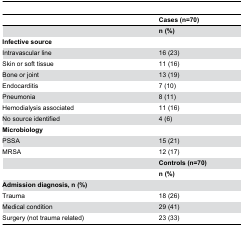
<table><thead><tr><td></td><td><b>Cases (n=70)</b></td></tr></thead><tbody><tr><td></td><td><b>n (%)</b></td></tr><tr><td><b>Infective source</b></td><td></td></tr><tr><td>Intravascular line</td><td>16 (23)</td></tr><tr><td>Skin or soft tissue</td><td>11 (16)</td></tr><tr><td>Bone or joint</td><td>13 (19)</td></tr><tr><td>Endocarditis</td><td>7 (10)</td></tr><tr><td>Pneumonia</td><td>8 (11)</td></tr><tr><td>Hemodialysis associated</td><td>11 (16)</td></tr><tr><td>No source identified</td><td>4 (6)</td></tr><tr><td><b>Microbiology</b></td><td></td></tr><tr><td>PSSA</td><td>15 (21)</td></tr><tr><td>MRSA</td><td>12 (17)</td></tr><tr><td></td><td><b>Controls (n=70)</b></td></tr><tr><td></td><td><b>n (%)</b></td></tr><tr><td><b>Admission diagnosis, n (%)</b></td><td></td></tr><tr><td>Trauma</td><td>18 (26)</td></tr><tr><td>Medical condition</td><td>29 (41)</td></tr><tr><td>Surgery (not trauma related)</td><td>23 (33)</td></tr></tbody></table>